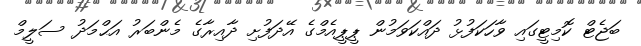
ބަޖެޓް ކޮމިޓީގައި ވާހަކަފުޅު ދައްކަވަމުން ޕީޕީއެމްގެ އޭދަފުށި ދާއިރާގެ މެންބަރު އަޙްމަދު ސަލީމް